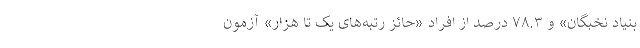
بنیاد نخبگان» و ۷۸.۳ درصد از افراد «حائز رتبه‌های یک تا هزار» آزمون